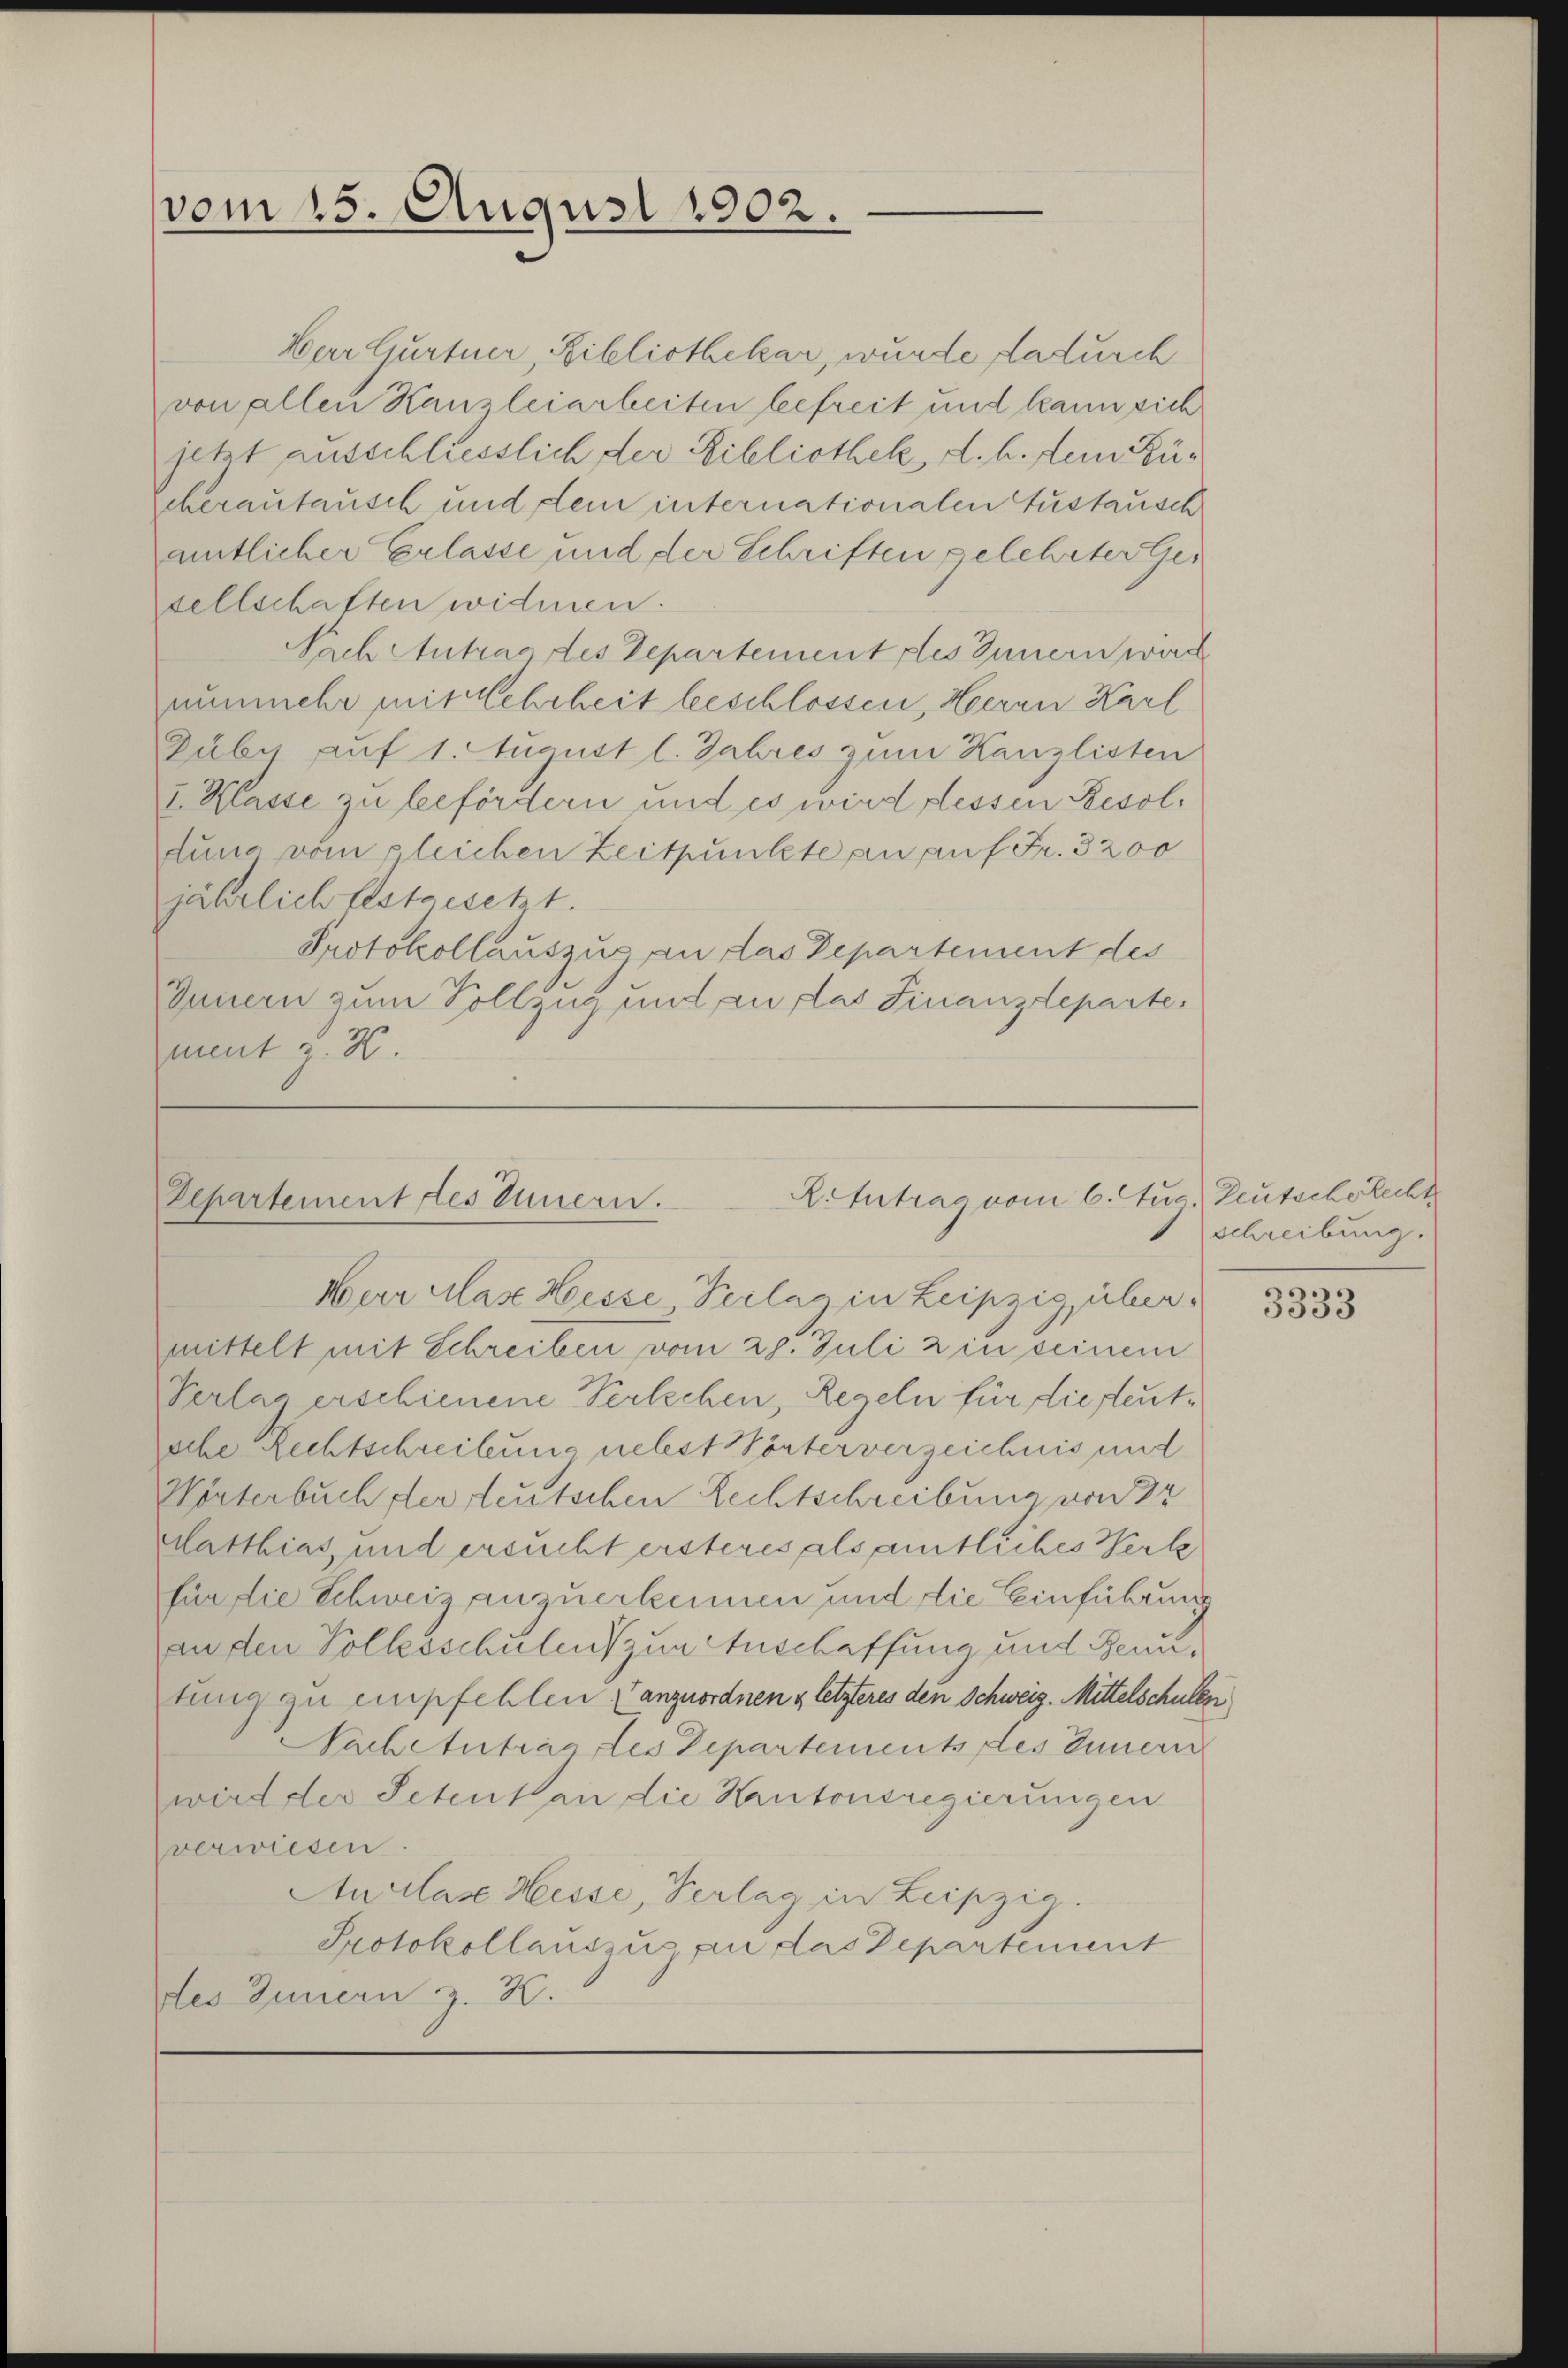
vom 15. August 1902.

Herr Gurtner, Ribliothekar, wurde dadurch
von allen Kanzleiarbeiten befreit und kann sich
jetzt ausschliesslich der Bibliothek, d. h. dein Kücherautausch und dem internationalen Gustausch
atlicher Erlasse und der Schriften gelehrter Gesellschaften widmen.
Nach Antrag des Departement des Innern wird
nunmehr mit Mehrheit beschlossen, Herrn Karl
Zuby auf 1. August l. Jahres zum Kanzlisten
I. Klasse zu befördern und es wird dessen Resoldung vom gleichen Zeitpunkte an auf Fr. 3200
jährlich festgesetzt.
Protokollauszug an das Departement des
Innern zum Vollzug und an das Finanzdeparte,
zamt z. B.

R.Intrag vom 6. Aus
Departement des Innern.
Herr clas Heisse Verlag in Leipzig, über.

mittelt mit Schreiben vom 28. Juli 2 in seinem
Verlag erschienene Perlehen, Regeln für diesentsche Rechtschreibung nebst Wörterverzeichnis und
Winterbuch ster deutschen Rechtschreibung von 32
latthias und ersucht ersteres als amtliches Werk
für die Schweiz anzuerkennen und die Einführung
an den Volksschulen zur Anschaffung und Benutung zu empfehlen, anzuordnen & letzteres den Schweiz. Mittelschulen
Nachetutrag des Departements des Innern
wird der Petent an die Kantonsregierungen
verwiesen.
Auclaz Hesse, Verlag in Leipzig.
Protokollauszug an das Departement
des Innern z. K.

Deutsche Recht
schreibung.

3333